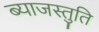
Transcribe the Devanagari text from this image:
ब्याजस्तुति